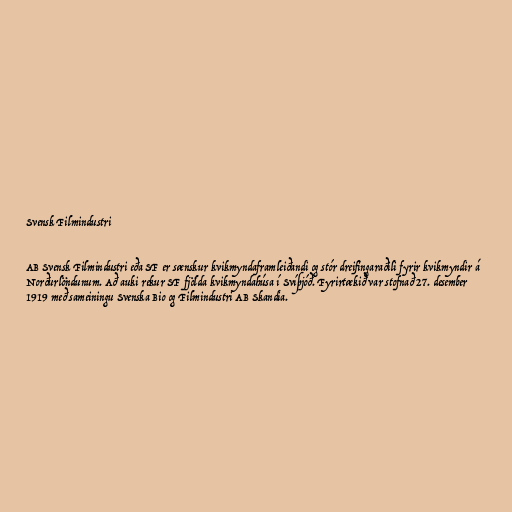
Svensk Filmindustri

AB Svensk Filmindustri eða SF er sænskur kvikmyndaframleiðandi og stór dreifingaraðili fyrir kvikmyndir á
Norðurlöndunum. Að auki rekur SF fjölda kvikmyndahúsa í Svíþjóð. Fyrirtækið var stofnað 27. desember
1919 með sameiningu Svenska Bio og Filmindustri AB Skandia.